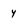
Character: 4